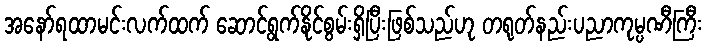
အနော်ရထာမင်းလက်ထက် ဆောင်ရွက်နိုင်စွမ်းရှိပြီးဖြစ်သည်ဟု တရုတ်နည်းပညာကုမ္ပဏီကြီး